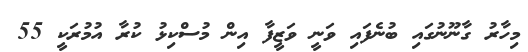
މިހާރު ގާނޫނުގައި ބުނެފައި ވަނީ ވަޒީފާ އިން މުސްކިޅު ކުރާ އުމުރަކީ 55